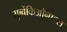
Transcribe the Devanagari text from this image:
सुब्वेंकिओनाडस